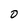
Character: 0